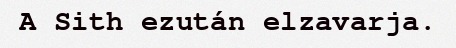
A Sith ezután elzavarja.